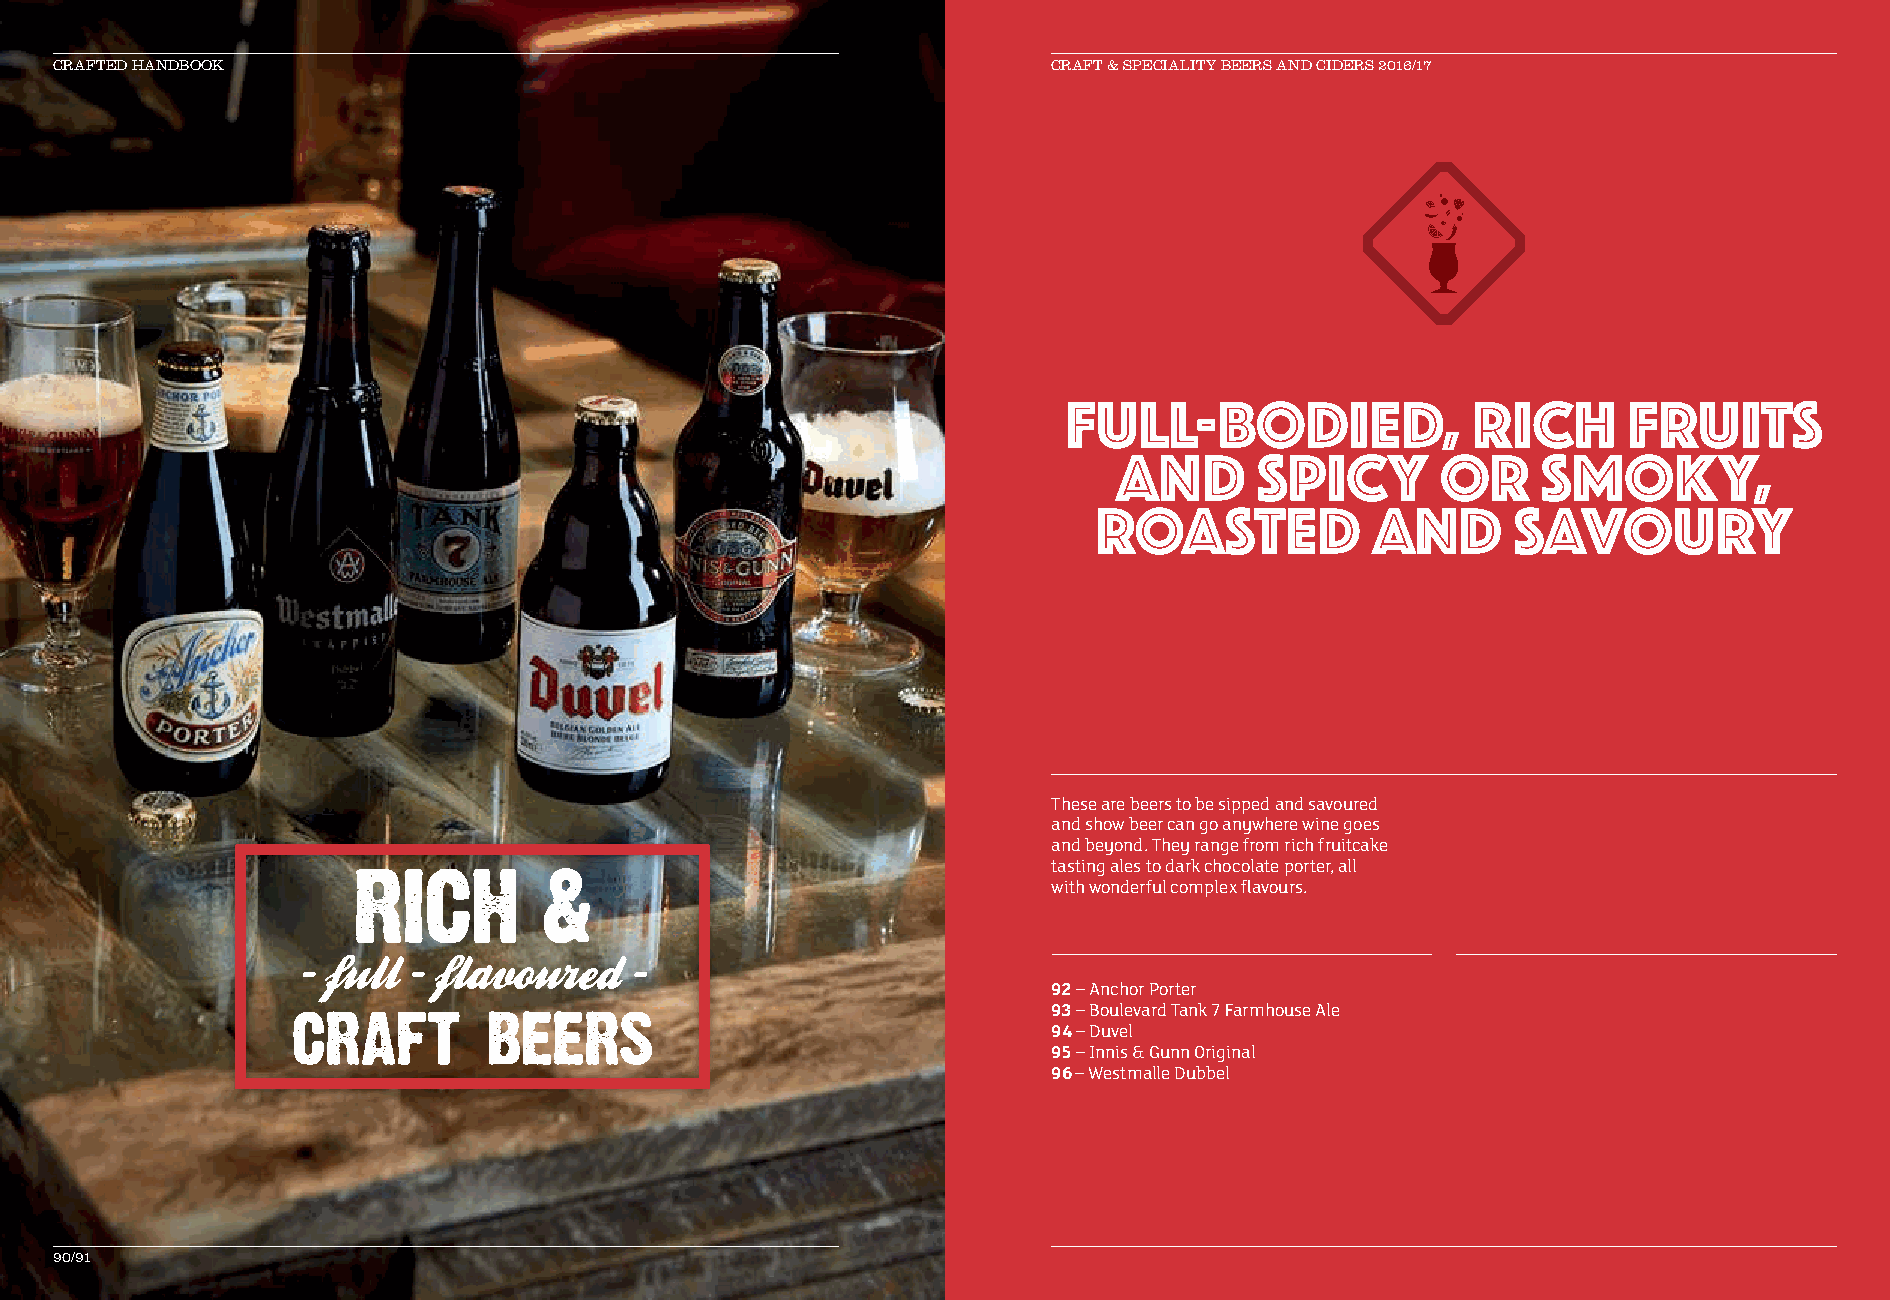
CRAFTED HANDBOOK                                                  CCRRAAFFTT && SSPPEECCIIAALLIITTYY BBEEEERRSS AANNDD CCIIDDEERRSS 22001166//1177
 full-bodied,              rich       fruits
 and      spicy       or     smoky,
 roasted           and      savoury
 These are beers to be sipped and savoured
 and show beer can go anywhere wine goes
 and beyond. They range from rich fruitcake
 tasting ales to dark chocolate porter, all
 with wonderful complex flavours.
 92 – Anchor Porter
 93 – Boulevard Tank 7 Farmhouse Ale
 94 – Duvel
 95 – Innis & Gunn Original
 96 – Westmalle Dubbel
 90/91